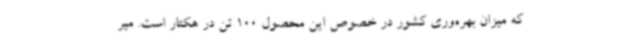
که میزان بهره‌وری کشور در خصوص این محصول 100 تن در هکتار است. میر